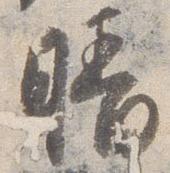
晴